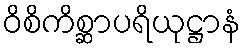
ဝိစိကိစ္ဆာပရိယုဋ္ဌာနံ